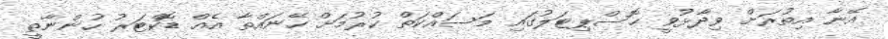
އޭނާ އިތުރަށް ވިދާޅުވީ ހޮސްޕިޓަލުގައި މަސައްކަތް ކުރުމަށް ހޭނައްތާ އެއް ޑޮކްޓަރު ހުންނާތީ